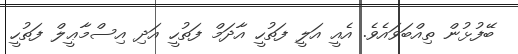
ބޭފުޅުން ތިއްބަވައެވެ. އެއީ އަލީ ފަތުހީ އާދަމް ފަތުހީ އަދި އިސްމާޢީލް ފަތުހީ